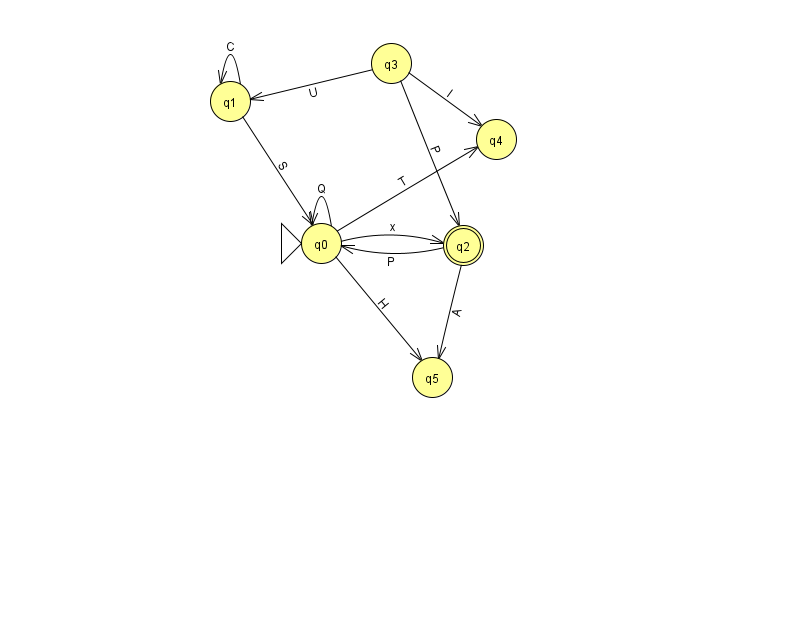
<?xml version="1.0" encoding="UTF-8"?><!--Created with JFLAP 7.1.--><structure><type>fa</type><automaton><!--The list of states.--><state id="0" name="q0"><x>321.0</x><y>230.0</y><initial/></state><state id="1" name="q1"><x>230.0</x><y>88.0</y></state><state id="2" name="q2"><x>463.0</x><y>232.0</y><final/></state><state id="3" name="q3"><x>391.0</x><y>50.0</y></state><state id="4" name="q4"><x>496.0</x><y>126.0</y></state><state id="5" name="q5"><x>432.0</x><y>364.0</y></state><!--The list of transitions.--><transition><from>0</from><to>5</to><read>H</read></transition><transition><from>0</from><to>0</to><read>Q</read></transition><transition><from>2</from><to>0</to><read>P</read></transition><transition><from>1</from><to>1</to><read>C</read></transition><transition><from>0</from><to>4</to><read>T</read></transition><transition><from>3</from><to>2</to><read>P</read></transition><transition><from>2</from><to>5</to><read>A</read></transition><transition><from>0</from><to>2</to><read>x</read></transition><transition><from>1</from><to>0</to><read>S</read></transition><transition><from>3</from><to>1</to><read>U</read></transition><transition><from>3</from><to>4</to><read>I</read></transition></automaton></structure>